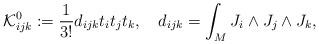
LaTeX: \begin{align*}{\cal K}^0_{ijk}:= \frac{1}{3!} d_{ijk} t_i t_j t_k,\quad d_{ijk}=\int_M J_i \wedge J_j \wedge J_k,\end{align*}